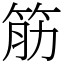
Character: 筋